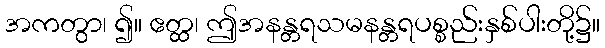
အကတွာ၊ ၍။ ဧတ္ထ၊ ဤအနန္တရသမနန္တရပစ္စည်းနှစ်ပါးတို့၌။